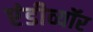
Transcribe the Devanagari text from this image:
एंडीव्यॉर